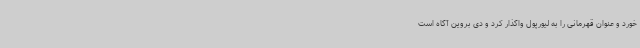
خورد و عنوان قهرمانی را به لیورپول واگذار کرد و دی بروین آگاه است